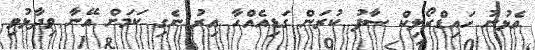
އެޅުނު ހައިޑްރޯލިކް ސާފު ކުރަން ގަޑިއެއްހާ އިރު ނެގި ކަމަށް އޭނާ ވިދާޅުވި